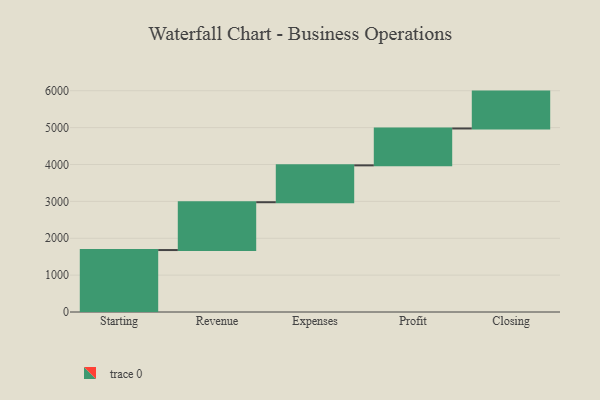
{"axis": {"x": "Step", "y": "Value"}, "legend": [""], "data": [{"x": "Starting", "y": 1680.0, "type": ""}, {"x": "Revenue", "y": 1297.0, "type": ""}, {"x": "Expenses", "y": 1000, "type": ""}, {"x": "Profit", "y": 1000, "type": ""}, {"x": "Closing", "y": 1000, "type": ""}]}